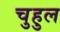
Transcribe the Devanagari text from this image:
चुहुल